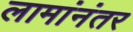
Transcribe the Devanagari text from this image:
लामांनंतर